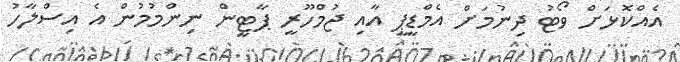
އެއްކޮޅަށް ވޯޓު ދިނުމަށް އެމްޑީޕީ އާއި ޖުމްހޫރީ ޕާޓީން ނިންމުމުން އެ އިސްލާހު